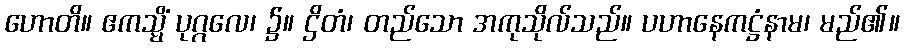
ဟောတိ။ ဧကသ္မိံ ပုဂ္ဂလေ၊ ၌။ ဌိတံ၊ တည်သော အကုသိုလ်သည်။ ပဟာနေကဋ္ဌံနာမ၊ မည်၏။